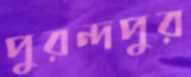
পুরন্দপুর